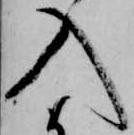
入